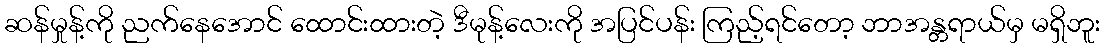
ဆန်မှုန့်ကို ညက်နေအောင် ထောင်းထားတဲ့ ဒီမုန့်လေးကို အပြင်ပန်း ကြည့်ရင်တော့ ဘာအန္တရာယ်မှ မရှိဘူး